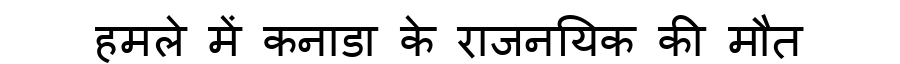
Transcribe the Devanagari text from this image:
हमले में कनाडा के राजनयिक की मौत